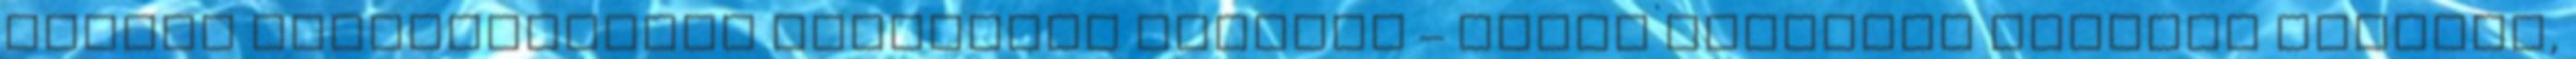
minden szomorúságnál szörnyűbb nevetés – olyan vidámság nélküli nevetés,